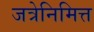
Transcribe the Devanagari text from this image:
जत्रेनिमित्त